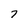
Character: 7